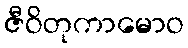
ဇီဝိတုကာမောဝ